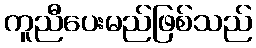
ကူညီပေးမည်ဖြစ်သည်